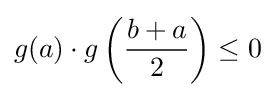
g(a)\cdot g\left({\dfrac {b+a}{2}}\right)\leq 0